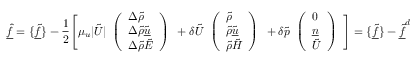
\underline { { \hat { f } } } = \{ \underline { { \tilde { f } } } \} - \frac { 1 } { 2 } \Bigg [ \mu _ { u } | \tilde { U } | \begin{array} { l } { \left( \begin{array} { l } { \Delta \tilde { \rho } } \\ { \Delta \tilde { \rho } \tilde { \underline { { u } } } } \\ { \Delta \tilde { \rho } \tilde { E } } \end{array} \right) } \end{array} + \delta \tilde { U } \begin{array} { l } { \left( \begin{array} { l } { \tilde { \rho } } \\ { \tilde { \rho } \tilde { \underline { { u } } } } \\ { \tilde { \rho } \tilde { H } } \end{array} \right) } \end{array} + \delta \tilde { p } \begin{array} { l } { \left( \begin{array} { l } { 0 } \\ { \underline { { n } } } \\ { \tilde { U } } \end{array} \right) } \end{array} \Bigg ] = \{ \underline { { \tilde { f } } } \} - \underline { { \tilde { f } } } ^ { d }